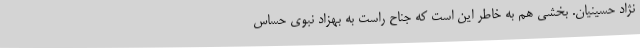
نژاد حسینیان. بخشی هم به خاطر این است که جناح راست به بهزاد نبوی حساس